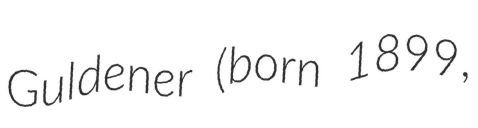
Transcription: Guldener (born 1899,